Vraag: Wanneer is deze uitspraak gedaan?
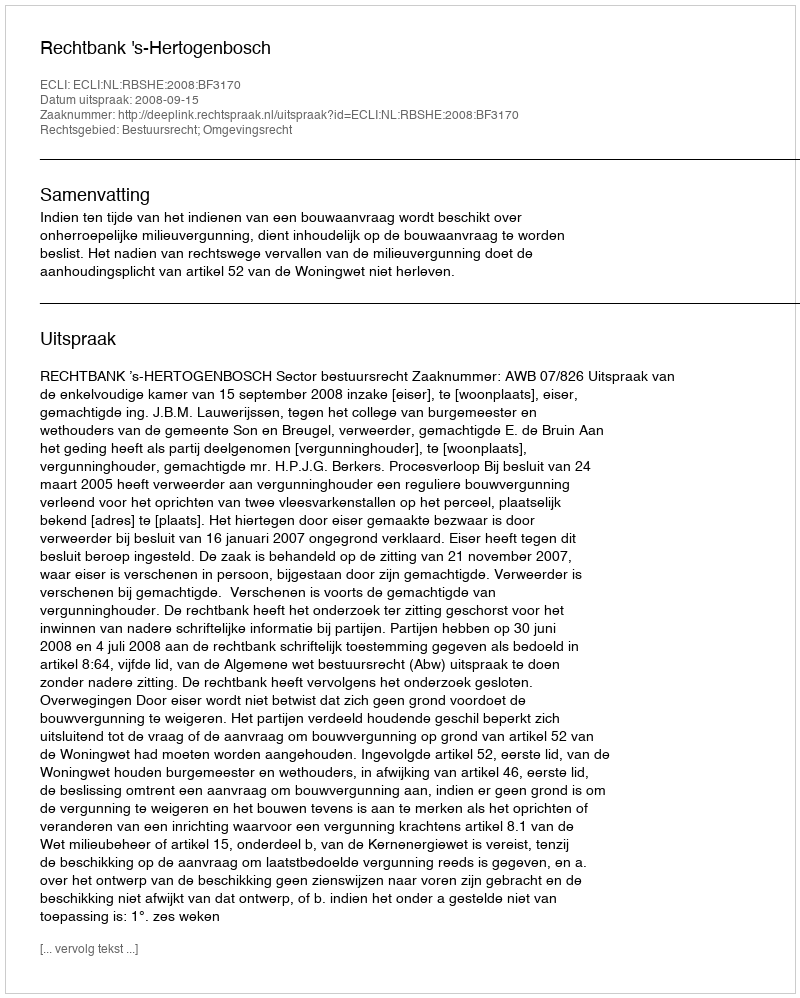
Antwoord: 2008-09-15